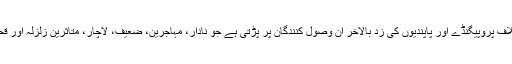
ان رفاہی تنظیموں کے خلاف پروپیگنڈے اور پاپندیوں کی زد بالآخر ان وصول کنندگان پر پڑتی ہے جو نادار، مہاجرین، ضعیف، لاچار، متاثرین زلزلہ اور قحط کے مارے لوگ ہیں‘‘۔